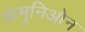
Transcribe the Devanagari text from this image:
कंमुनिओन